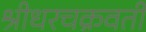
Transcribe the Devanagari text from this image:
श्रीधरचक्रवर्ती